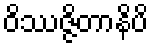
ဝိဿဇ္ဇိတာနိပိ